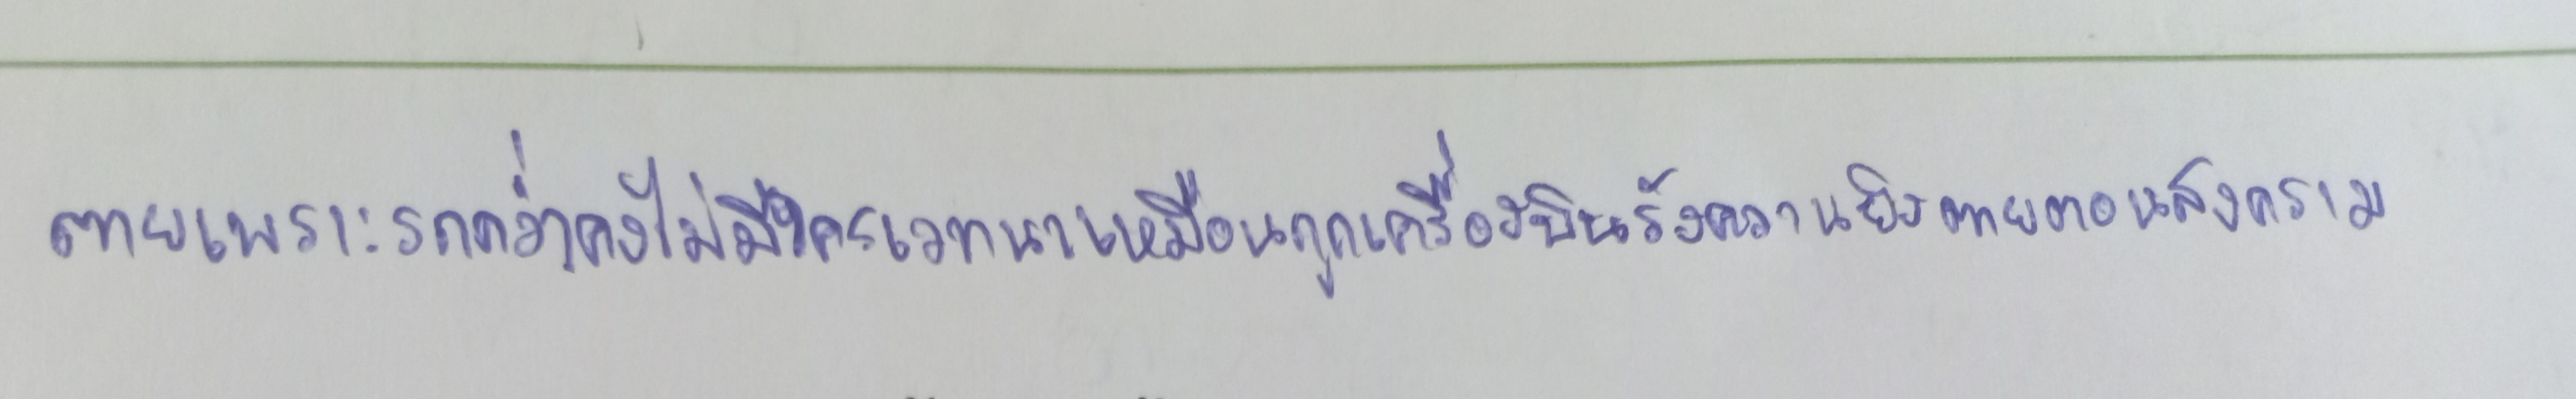
ตายเพราะรถคว่ำคงไม่มีใครเวทนาเหมือนถูกเครื่องบินรังควานยิงตายตอนสงคราม"